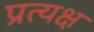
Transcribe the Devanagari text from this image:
प्रत्यक्ष